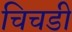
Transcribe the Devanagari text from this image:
चिचडी